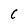
Character: C